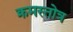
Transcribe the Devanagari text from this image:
क्रमस्तोत्र